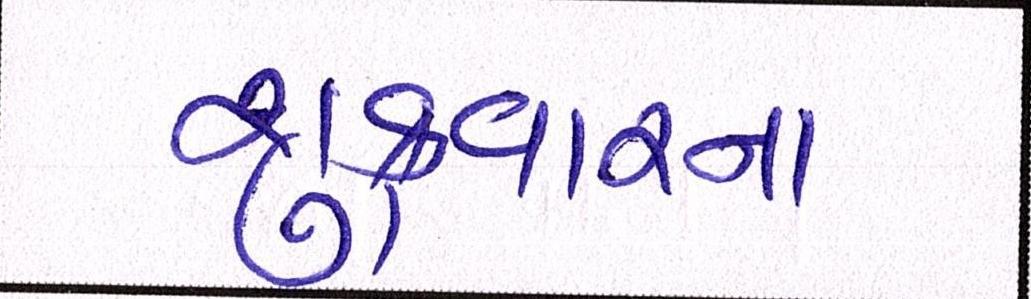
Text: શુક્રવારના